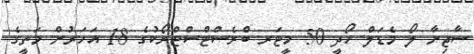
ސާޖިނާ ލޯ މެޑަލް ހޯދީ 50 މީޓަރ ބްރެސްޓްސްޓްރޯކުގެ 18 އަހަރުން މަތީގެ